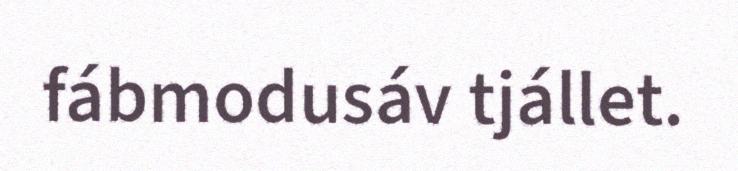
fábmodusáv tjállet.